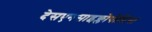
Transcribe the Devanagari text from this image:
देसएनसाइक्लोपीडिया